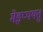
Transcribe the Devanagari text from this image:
मेइप्पयत्तु